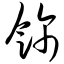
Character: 饰